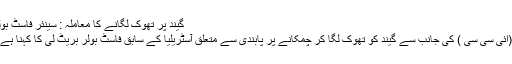
گیند پر تھوک لگانے کا معاملہ : سینئر فاسٹ بولر نے تحفظات کا اظہار کردیا -
سڈنی : انٹرنیشنل کرکٹ کونسل (آئی سی سی ) کی جانب سے گیند کو تھوک لگا کر چمکانے پر پابندی سے متعلق آسٹریلیا کے سابق فاسٹ بولر بریٹ لی کا کہنا ہے کہ اس قانون کا نفاذ مشکل ہوگا۔